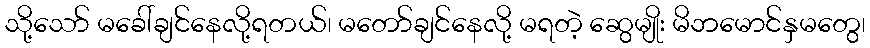
သို့သော် မခေါ်ချင်နေလို့ရတယ်၊ မတော်ချင်နေလို့ မရတဲ့ ဆွေမျိုး မိဘမောင်နှမတွေ၊